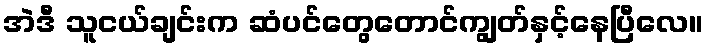
အဲဒီ သူငယ်ချင်းက ဆံပင်တွေတောင်ကျွတ်နှင့်နေပြီလေ။